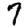
Digit: 7